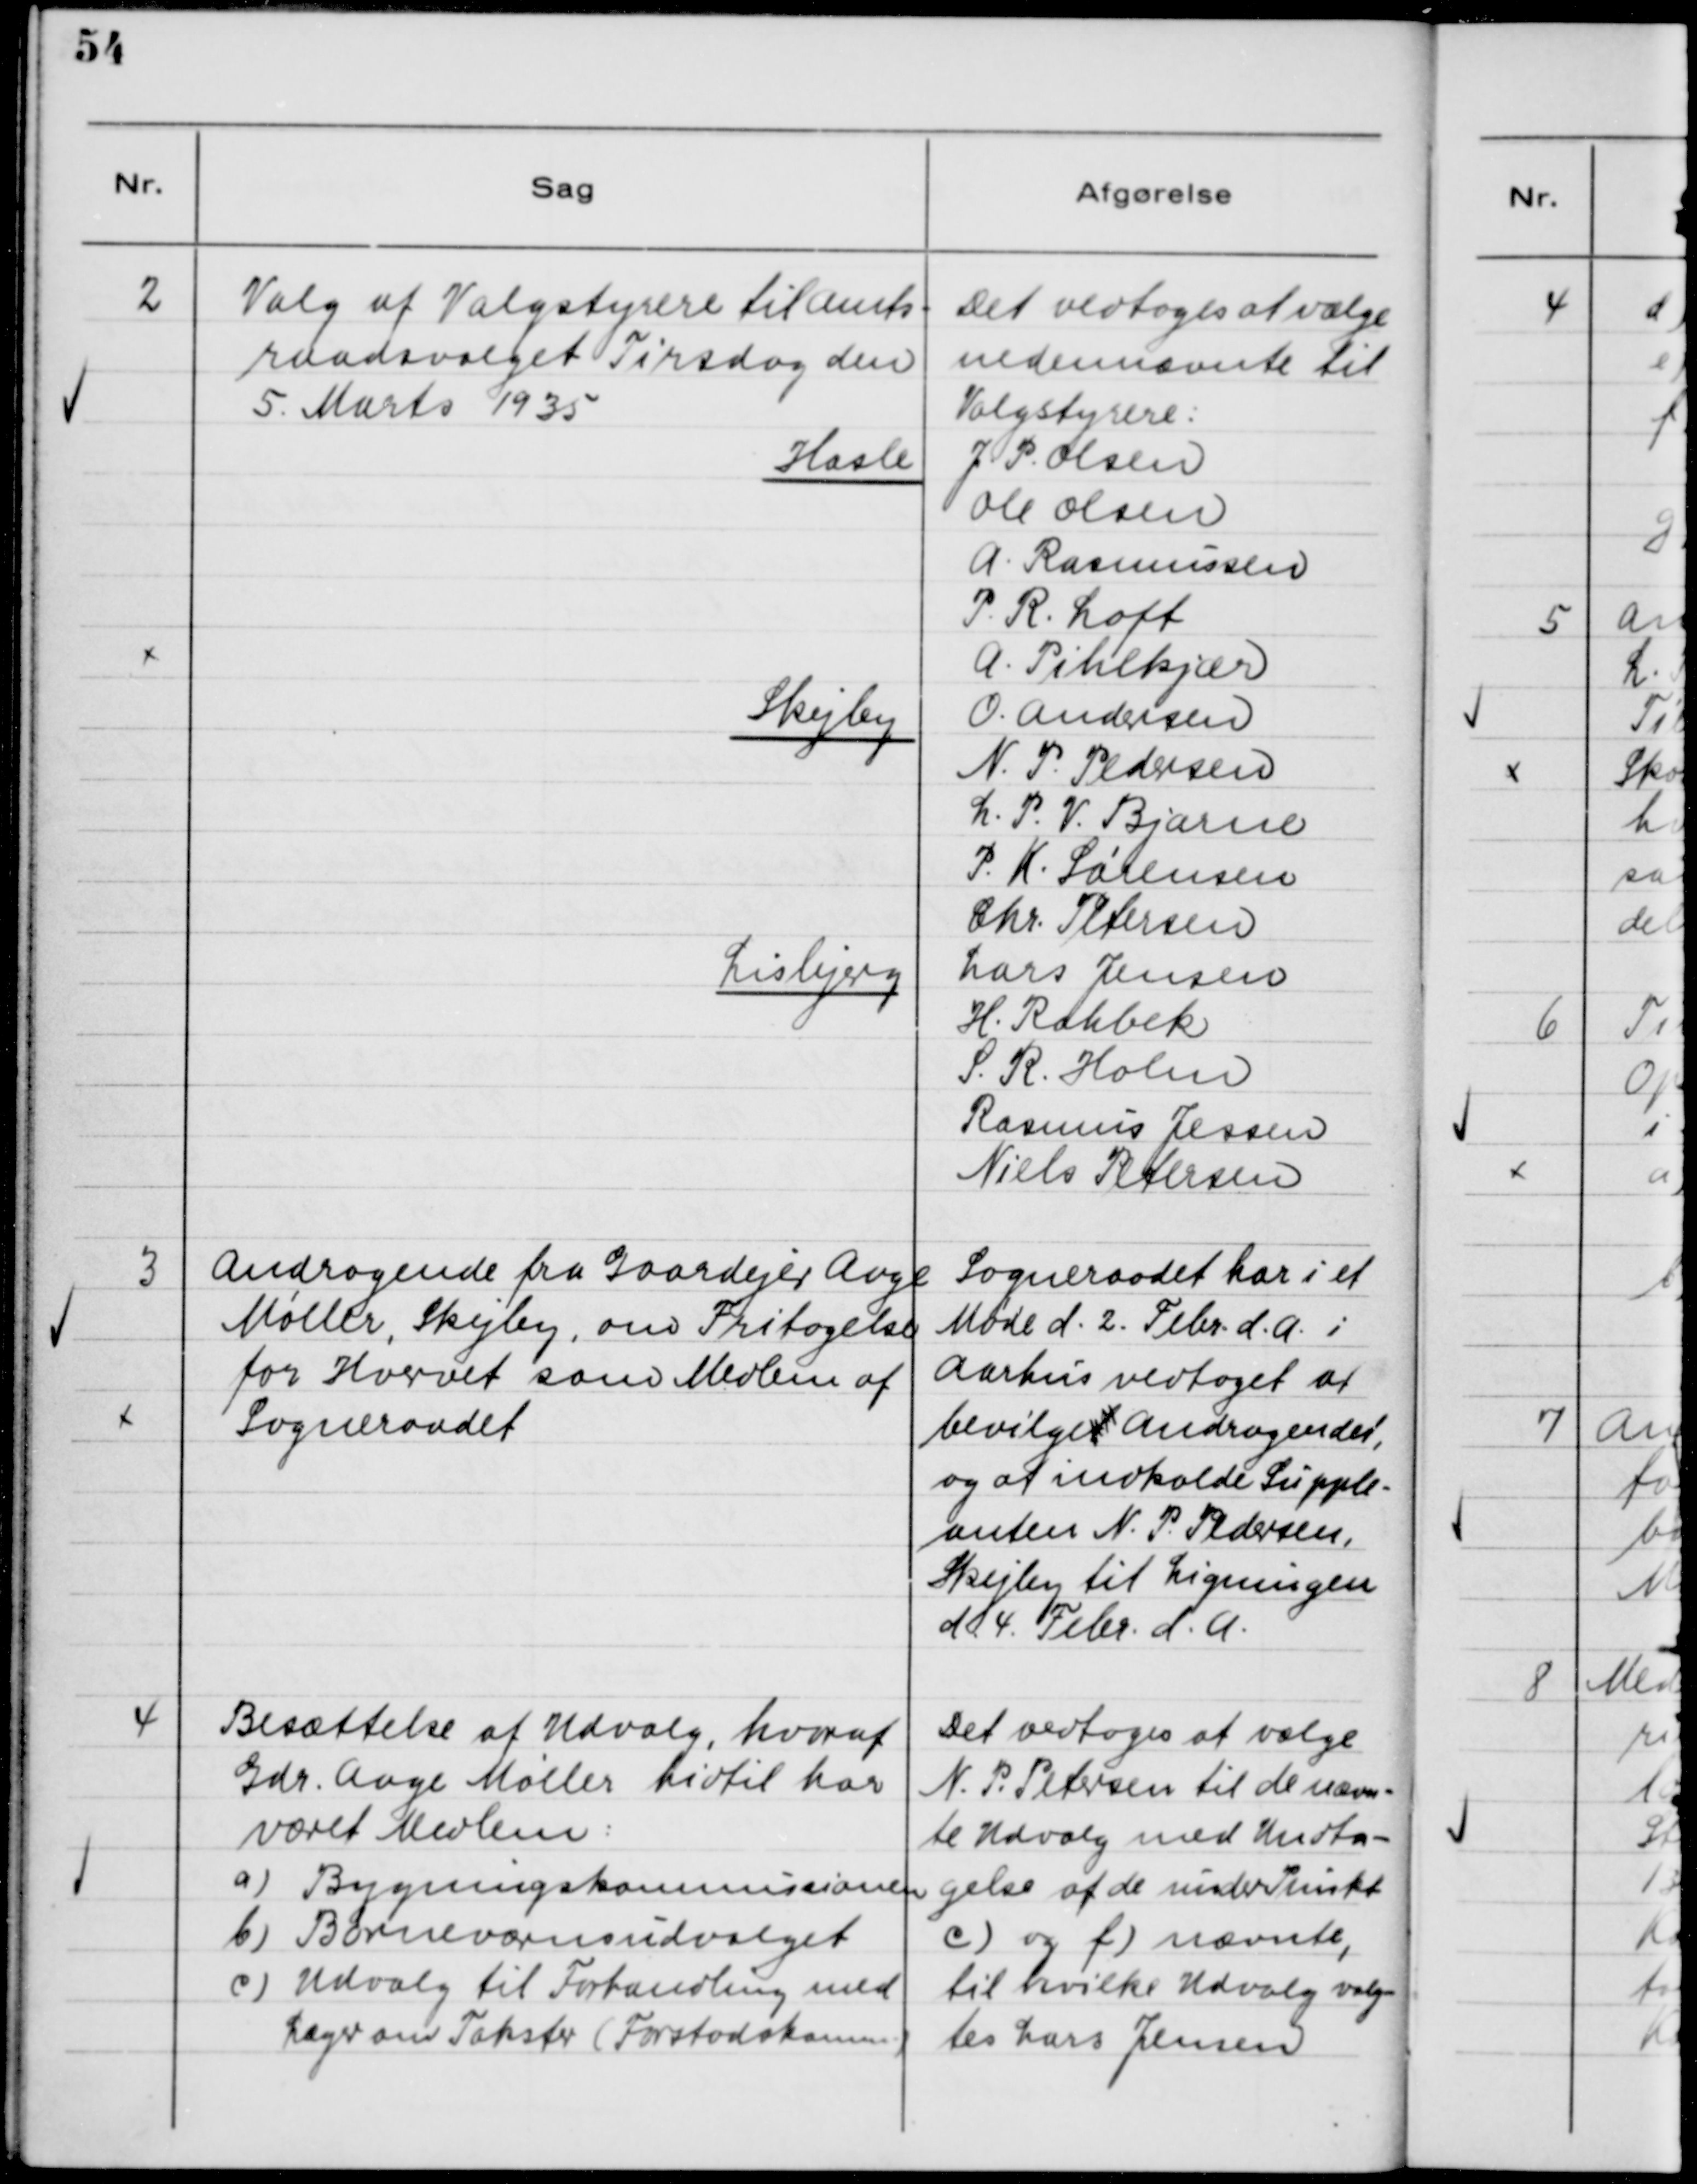
Transskription:
2

Valg af Valgstyrere til Amts-
raadsvalget Tirsdag den
5. Marts 1935

Det vedtoges at vælge
nedennævnte til
Valgstyrere:
Hasle
J. P. Olsen
Ole Olsen
A. Rasmussen
P. R. Loft
A. Pihlkjær
Skejby
O. Andersen
N. P. Pedersen
L. P. V. Bjarne
P. K. Sørensen
Chr. Petersen
Lisbjerg
Lars Jensen
H. Rahbek
S. R. Holm
Rasmus Jessen
Niels Petersen

3

Andragende fra Gaardejer Aage
Møller, Skejby, om Fritagelse
for Hvervet som Medlem af
Sogneraadet.

Sogneraadet har i et
Møde d. 2. Febr. d.A. i
Aarhus vedtaget at
bevilget Andragendet,
og at indkalde Supple-
anten N. P. Pedersen,
Skejby til Ligningen
d. 4. Febr. d.A.

4

Besættelse af Udvalg, hvoraf
Gdr. Aage Møller hidtil har
været Medlem:
a) Bygningskommissionen
b) Børneværnsudvalget
c) Udvalg til Forhandling med
Læger om Takster (Forstadskomm.)

Det vedtoges at vælge
N. P. Petersen til de nævn-
te Udvalg med Undta-
gelse af de under Punkt
c) og f) nævnte,
til hvilke Udvalg valg-
tes Lars Jensen